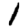
Digit: 1